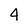
Character: 4